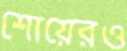
শোয়েরও